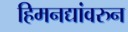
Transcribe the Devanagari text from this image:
हिमनद्यांवरुन